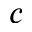
c